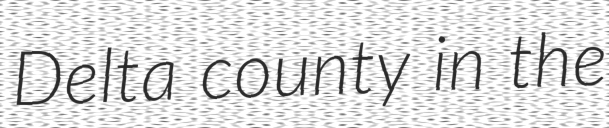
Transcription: Delta county in the